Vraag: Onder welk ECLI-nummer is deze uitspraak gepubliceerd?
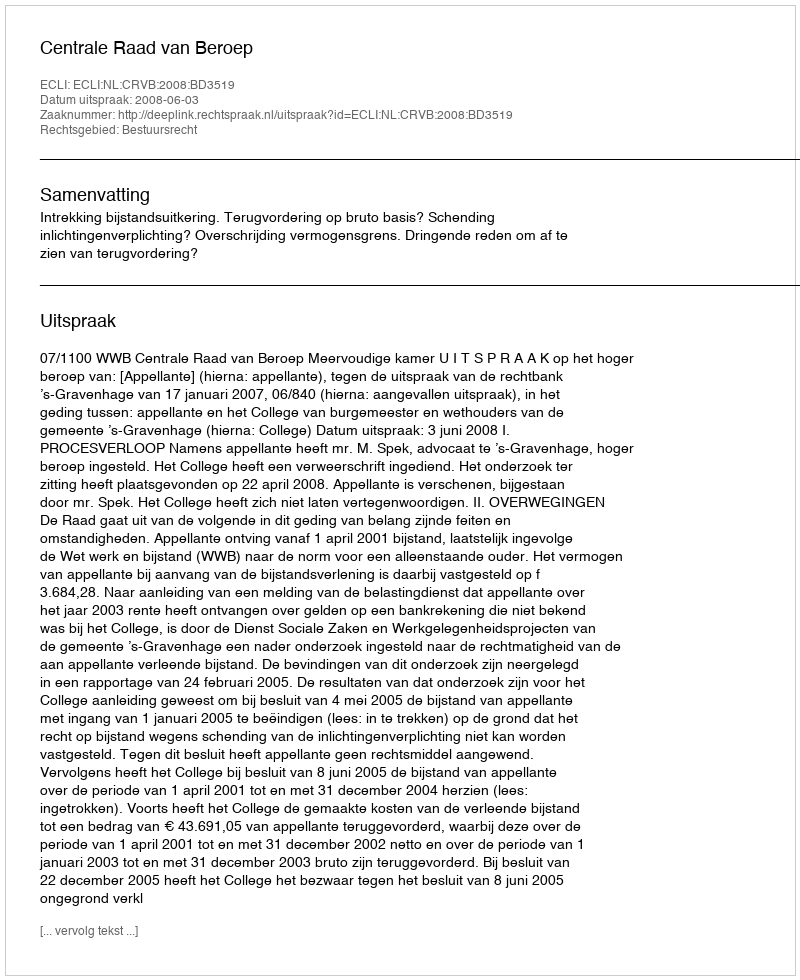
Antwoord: ECLI:NL:CRVB:2008:BD3519